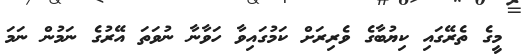
މީގެ ތެރޭގައި ކިޔުބާގެ ވެރިރަށް ކަމުގައިވާ ހަވާނާ ނުވަތަ އޭރުގެ ނަމުން ނަމަ